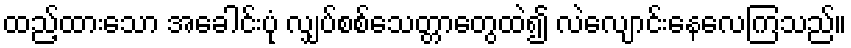
ထည့်ထားသော အခေါင်းပုံ လျှပ်စစ်သေတ္တာတွေထဲ၍ လဲလျောင်းနေလေကြသည်။